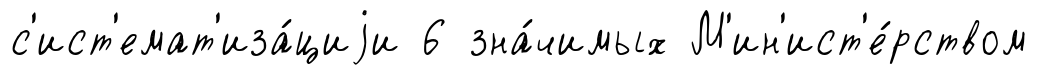
с'ист'емат'иза́циjи 6 зна́чимых М'ин'ист'е́рством